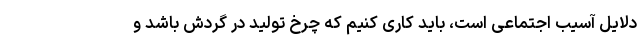
دلایل آسیب اجتماعی است، باید کاری کنیم که چرخ تولید در گردش باشد و